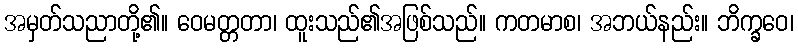
အမှတ်သညာတို့၏။ ဝေမတ္တတာ၊ ထူးသည်၏အဖြစ်သည်။ ကတမာစ၊ အဘယ်နည်း။ ဘိက္ခဝေ၊